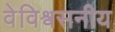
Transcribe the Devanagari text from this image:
वेविश्वसनीय